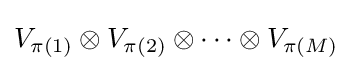
V_{\pi (1)}\otimes V_{\pi (2)}\otimes \cdots \otimes V_{\pi (M)}